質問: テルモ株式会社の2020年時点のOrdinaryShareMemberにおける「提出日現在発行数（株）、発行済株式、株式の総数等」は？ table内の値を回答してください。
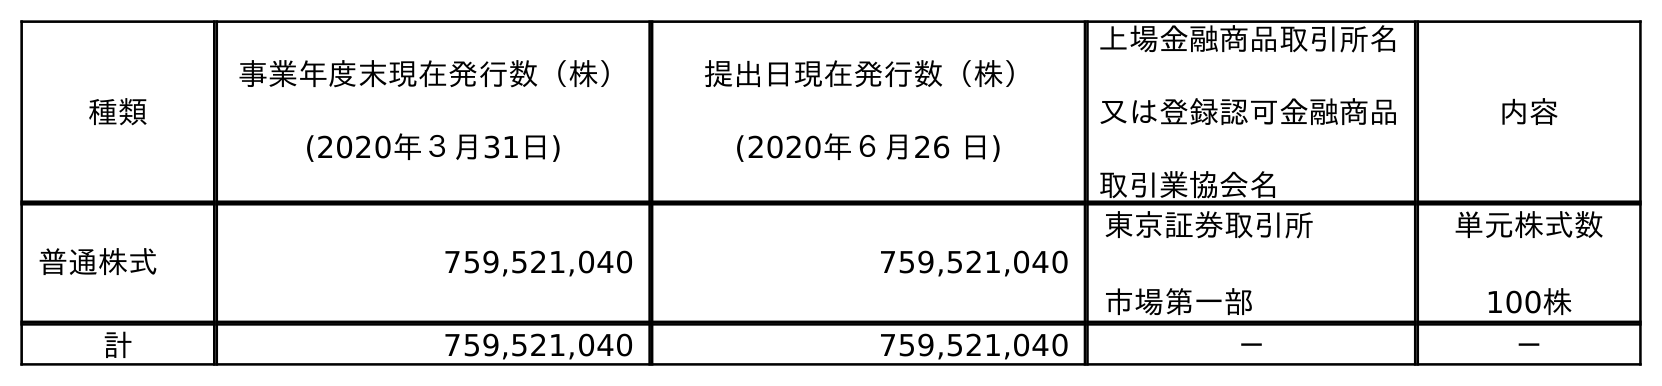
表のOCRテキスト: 種類 事業年度末現在発行数（株） (2020年３月31日) 提出日現在発行数（株） (2020年６月26 日) 上場金融商品取引所名 又は登録認可金融商品 取引業協会名 内容 普通株式 759,521,040 759,521,040 東京証券取引所 市場第一部 単元株式数 100株 計 759,521,040 759,521,040 － －
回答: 759,521,040